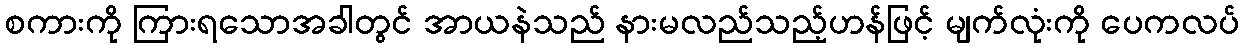
စကားကို ကြားရသောအခါတွင် အာယနဲသည် နားမလည်သည့်ဟန်ဖြင့် မျက်လုံးကို ပေကလပ်